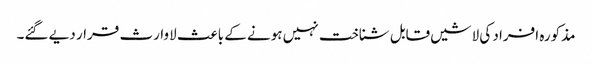
مذکورہ افراد کی لاشیں قابل شناخت نہیں ہونے کے باعث لاوارث قرار دیے گئے۔